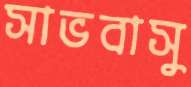
সাভবাসু